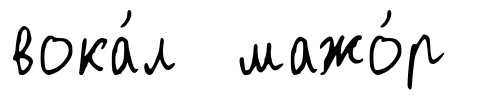
вока́л мажо́р